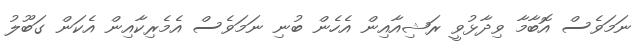
ނަމަވެސް އޮބާމާ ވިދާޅުވީ ރަޝިއާއިން އެހެން ބުނި ނަމަވެސް އެމެރިކާއިން އެކަން ގަބޫލު